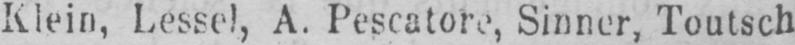
Klein, Lessel, A. Pescatore, Sinner, Toutsch